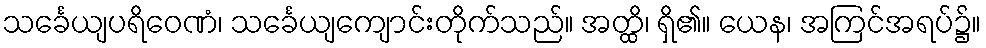
သင်္ခေယျပရိဝေဏံ၊ သင်္ခေယျကျောင်းတိုက်သည်။ အတ္ထိ၊ ရှိ၏။ ယေန၊ အကြင်အရပ်၌။